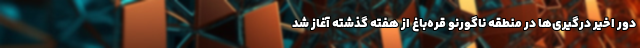
دور اخیر درگیری‌ها در منطقه ناگورنو قره‌باغ از هفته گذشته آغاز شد